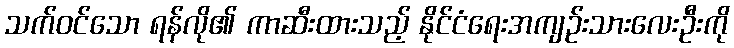
သက်ဝင်သော ရန်လို၏ ကာဆီးထားသည့် နိုင်ငံရေးအကျဉ်းသားလေးဦးကို